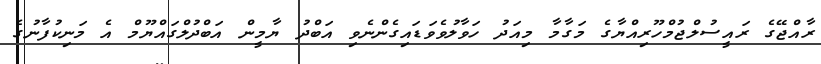
ރާއްޖޭގެ ރައީސުލްޖުމްހޫރިއްޔާގެ މަގާމާ މިއަދު ހަވާލުވެވަޑައިގެންނެވި އަބްދު ޔާމީން އަބްދުލްގައްޔޫމް އެ މަނިކުފާނުގެ